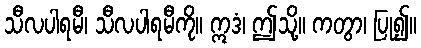
သီလပါရမီ၊ သီလပါရမီကို။ ဣဒံ၊ ဤသို့။ ကတွာ၊ ပြု၍။